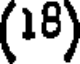
(18)